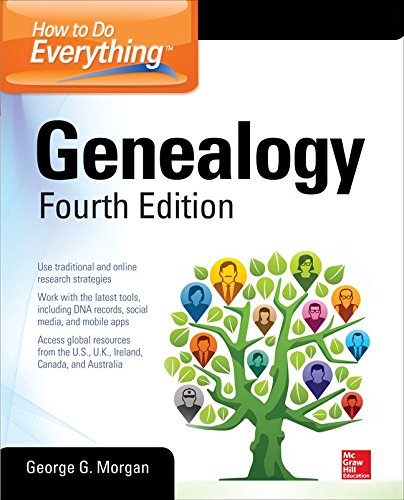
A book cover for How to Do Everything: Genealogy, Fourth Edition; George G. Morgan; Computers & Technology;